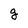
Character: g